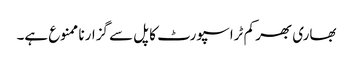
بھاری بھر کم ٹراسپورٹ کا پل سے گزارنا ممنوع ہے۔